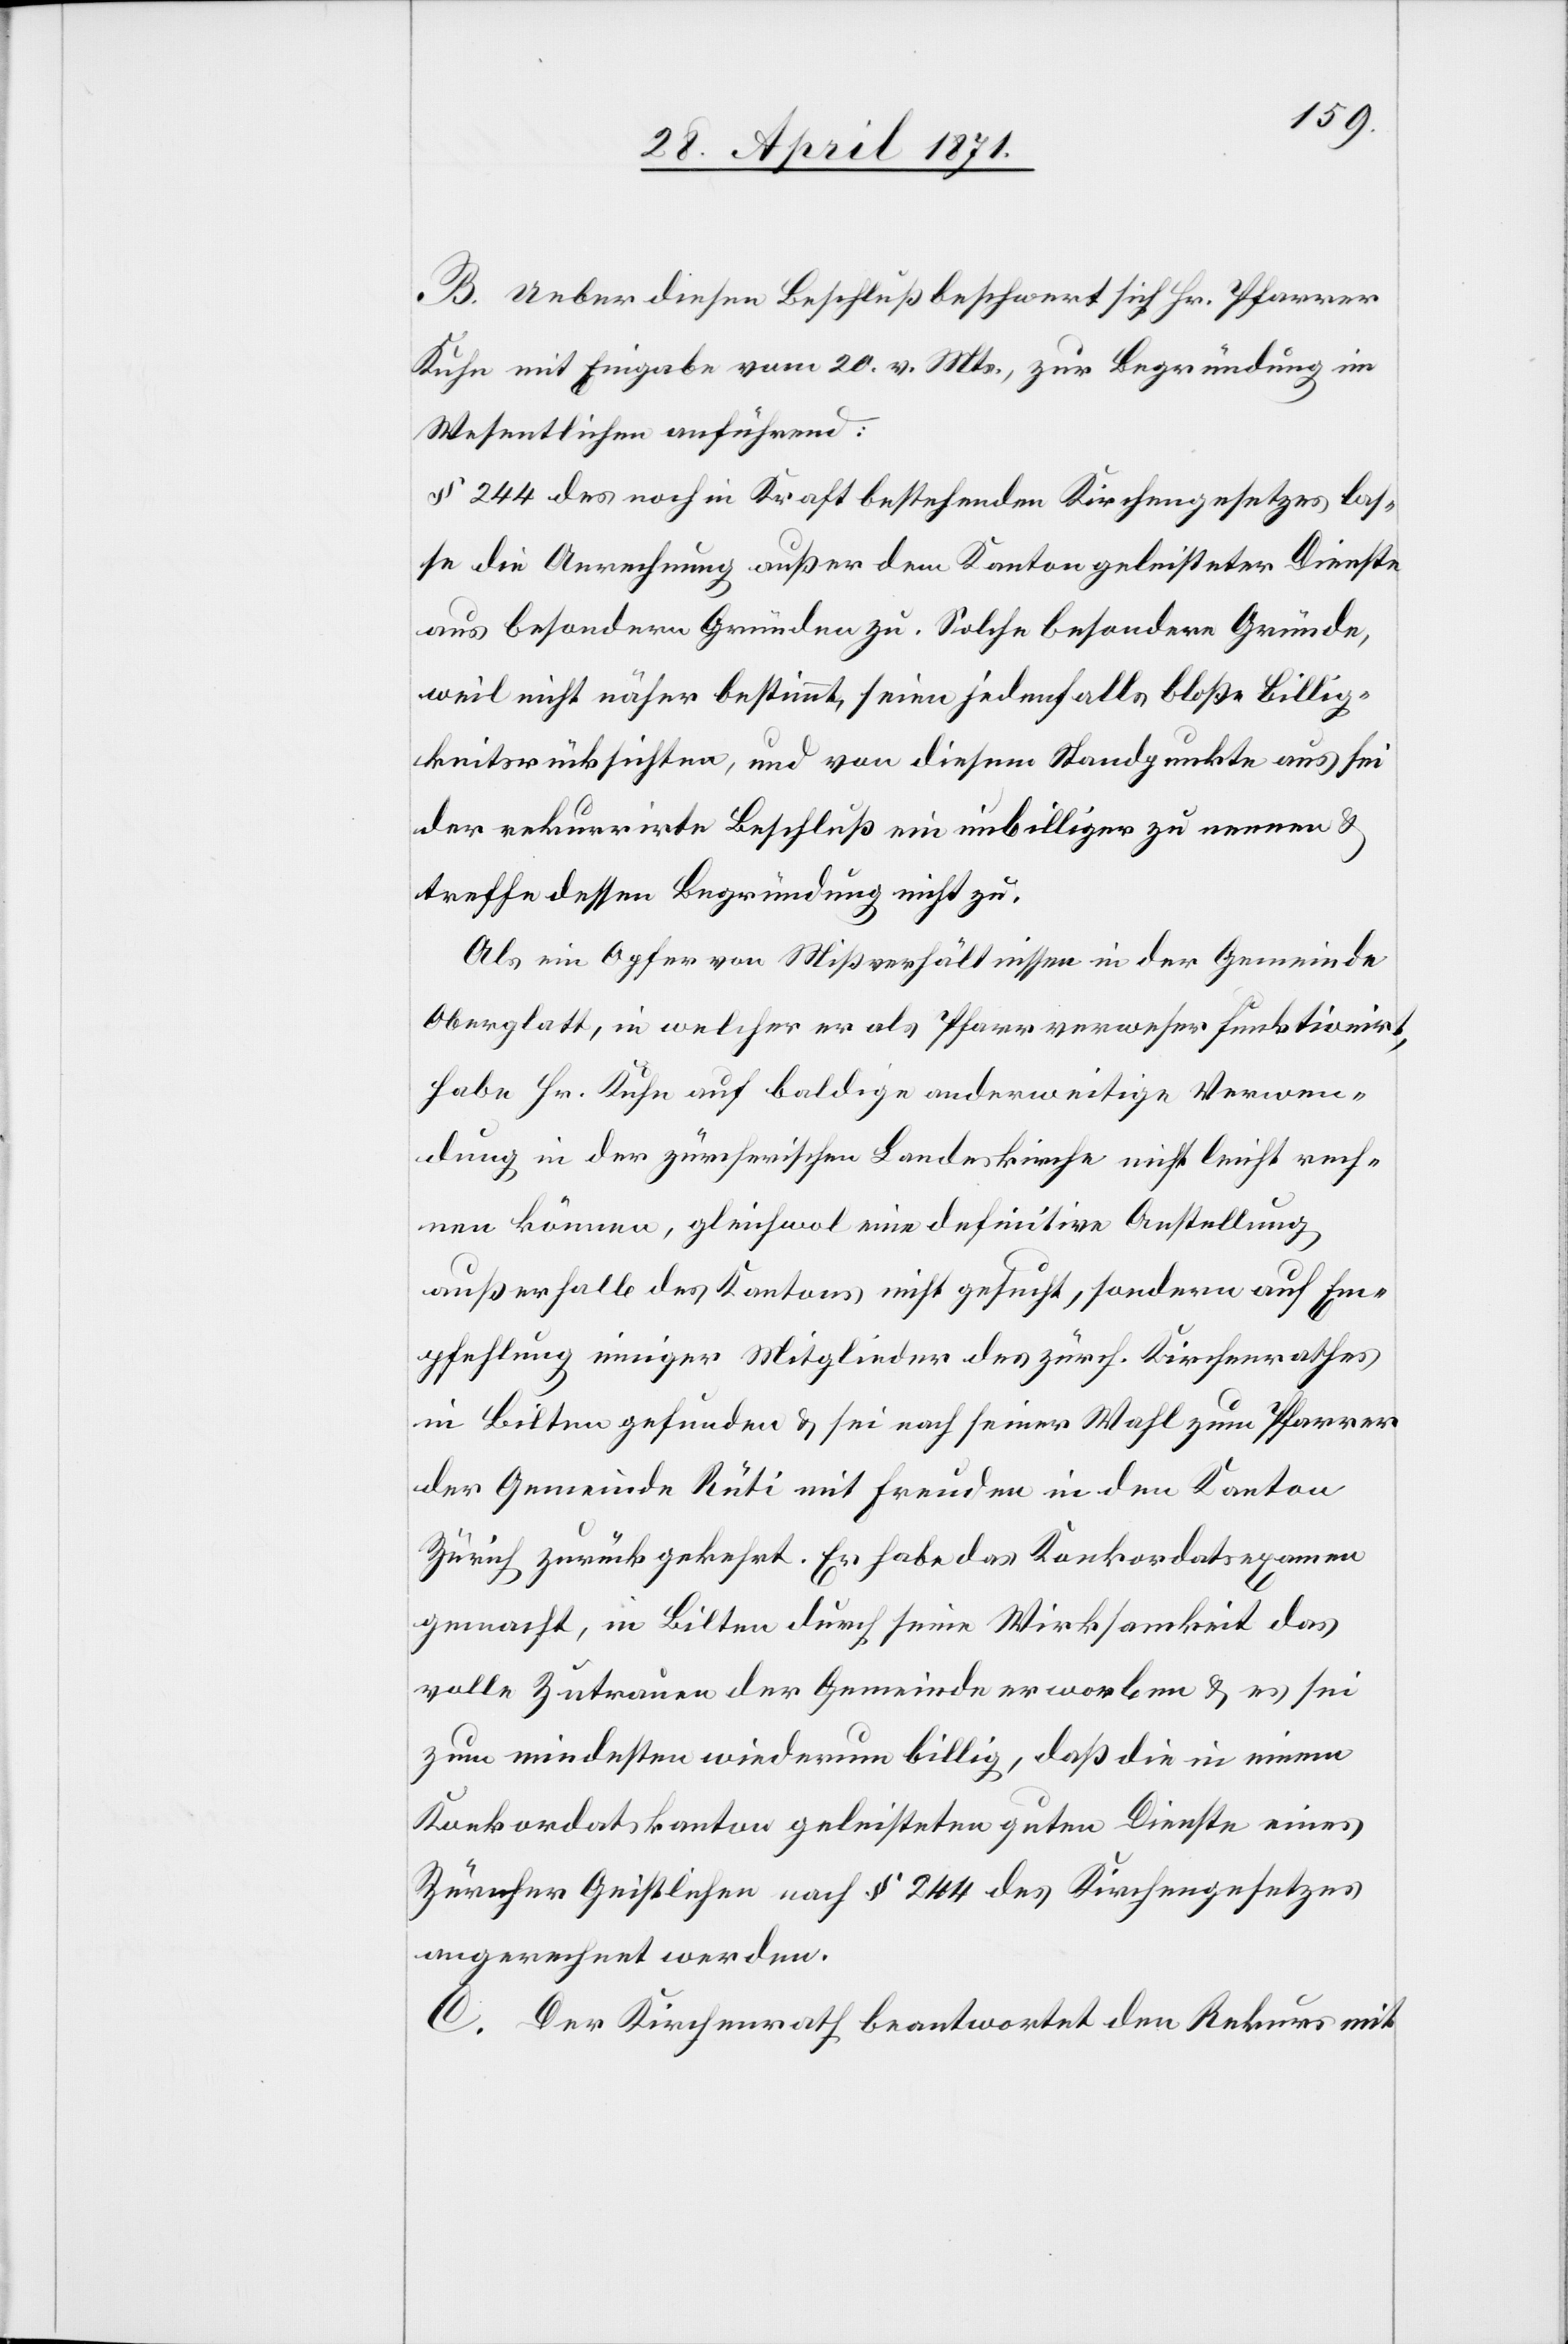
B. Ueber diesen Beschluß beschwert sich Hr. Pfarrer
Kuhn mit Eingabe vom 20. v. Mts., zur Begründung im
Wesentlichen anführend:
§ 244 des noch in Kraft bestehenden Kirchengesetzes las¬
se die Anrechnung außer dem Kanton geleisteter Dienste
aus besondern Gründen zu. Solche besondere Gründe,
weil nicht näher bestimmt, seien jedenfalls bloße Billig¬
keitsrücksichten, und von diesem Standpunkte aus sei
der rekurrirte Beschluß ein unbilliger zu nennen u.
treffe dessen Begründung nicht zu.
Als ein Opfer von Mißverhältnissen in der Gemeinde
Oberglatt, in welcher er als Pfarrverweser funktionirt,
habe Hr. Kuhn auf baldige anderweitige Verwen¬
dung in der zürcherischen Landeskirche nicht leicht rech¬
nen können, gleichwol eine definitive Anstellung
außerhalb des Kantons nicht gesucht, sondern auf Em¬
pfehlung einiger Mitglieder des zürch. Kirchenrathes
in Bilten gefunden u. sei nach seiner Wahl zum Pfarrer
der Gemeinde Rüti mit Freuden in den Kanton
Zürich zurückgekehrt. Er habe das Konkordatsexamen
gemacht, in Bilten durch seine Wirksamkeit das
volle Zutrauen der Gemeinde erworben u. es sei
zum mindesten wiederum billig, daß die in einem
Konkordatskanton geleisteten guten Dienste eines
Zürcher Geistlichen nach § 244 des Kirchengesetzes
angerechnet werden.
C. Der Kirchenrath beantwortet den Rekurs mit